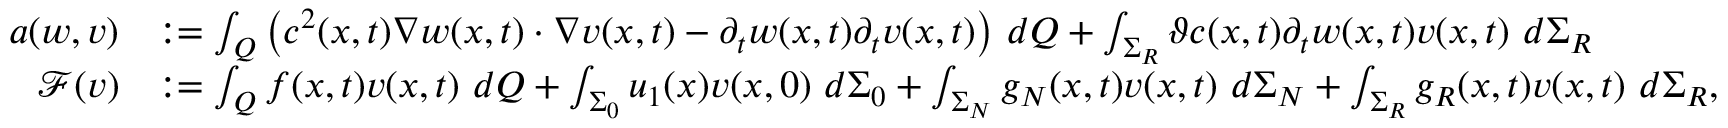
\begin{array} { r l } { a ( w , v ) } & { : = \int _ { Q } \big ( c ^ { 2 } ( x , t ) \nabla w ( x , t ) \cdot \nabla v ( x , t ) - \partial _ { t } w ( x , t ) \partial _ { t } v ( x , t ) \big ) \ d Q + \int _ { \Sigma _ { R } } \vartheta c ( x , t ) \partial _ { t } w ( x , t ) v ( x , t ) \ d \Sigma _ { R } } \\ { \mathcal { F } ( v ) } & { : = \int _ { Q } f ( x , t ) v ( x , t ) \ d Q + \int _ { \Sigma _ { 0 } } u _ { 1 } ( x ) v ( x , 0 ) \ d \Sigma _ { 0 } + \int _ { \Sigma _ { N } } g _ { N } ( x , t ) v ( x , t ) \ d \Sigma _ { N } + \int _ { \Sigma _ { R } } g _ { R } ( x , t ) v ( x , t ) \ d \Sigma _ { R } , } \end{array}